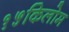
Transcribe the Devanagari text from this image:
१५किलोम